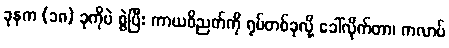
ခုနက (၁၈) ခုကိုပဲ စွဲပြီး ကာယဝိညတ်ကို ရုပ်တစ်ခုလို့ ခေါ်လိုက်တာ၊ ကလာပ်